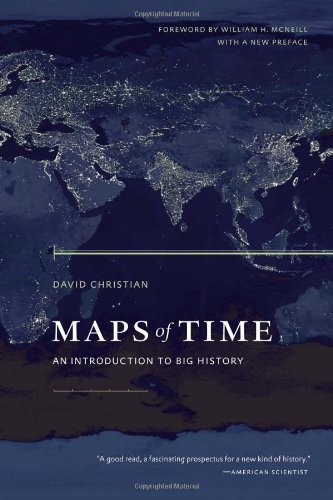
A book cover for Maps of Time: An Introduction to Big History; David Christian; Science & Math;